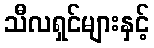
သီလရှင်များနှင့်